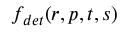
f _ { d e t } ( \boldsymbol { r } , \boldsymbol { p } , t , s )